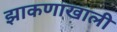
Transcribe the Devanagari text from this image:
झाकणाखाली